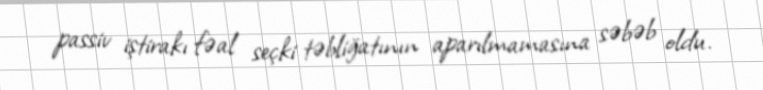
passiv iştirakı fəal seçki təbliğatının aparılmamasına səbəb oldu.